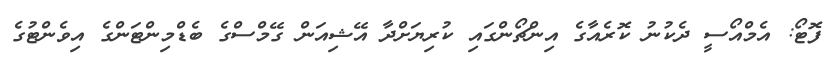
ފޮޓޯ: އެމްއޯސީ ދެކުނު ކޮރެއާގެ އިންޗޯންގައި ކުރިޔަށްދާ އޭޝިއަން ގޭމްސްގެ ބެޑްމިންޓަންގެ އިވެންޓުގެ